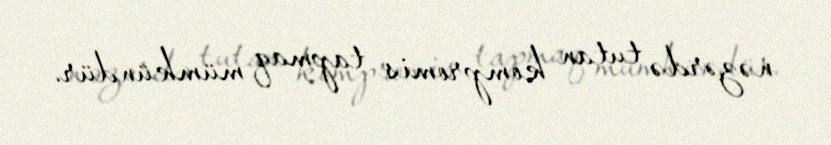
nəzərdə tutan kompromis tapmaq mümkündür.